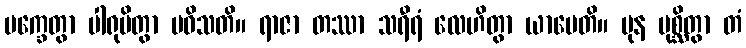
မက္ခေတွာ ပါရုပိတွာ ပဝိသတိ။ ရာဇာ တဿာ သရီရံ လေဟိတွာ ယာပေတိ။ ပုန ပုစ္ဆိတွာ တံ